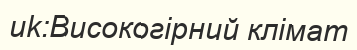
uk:Високогірний клімат